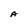
Character: A